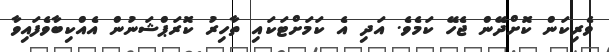
ވެރިކަން ކޮށްދޭން ޖެހޭ ކަމެވެ. އަދި އެ ކަމަށްޓަކައި ތާހިރު ކޮރަޕްޝަނުން އެއްކިބާވެފައިވާ